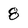
Character: 8